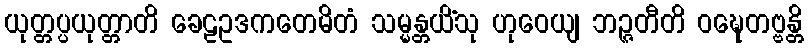
ယုတ္တပ္ပယုတ္တာတိ ခေဠဥဒကတေမိတံ သမ္မန္တယိံသု ဟုဝေယျ ဘဉ္ဇတီတိ ဝဍ္ဎေတဗ္ဗန္တိ